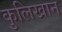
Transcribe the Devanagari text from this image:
कुलिखान